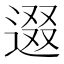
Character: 逫